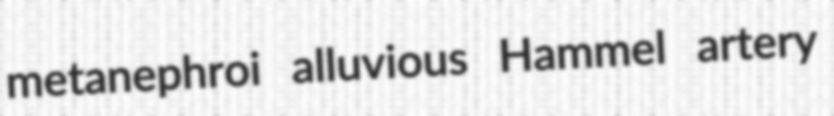
metanephroi alluvious Hammel artery